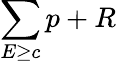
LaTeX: \sum\limits_{E\geq c}p+R